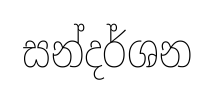
සන්දර්ශන